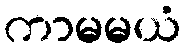
ကာမမယံ